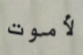
لأموت